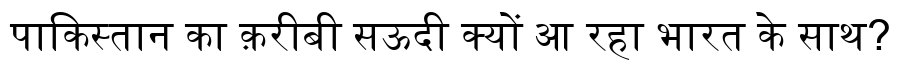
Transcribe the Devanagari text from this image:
पाकिस्तान का क़रीबी सऊदी क्यों आ रहा भारत के साथ?